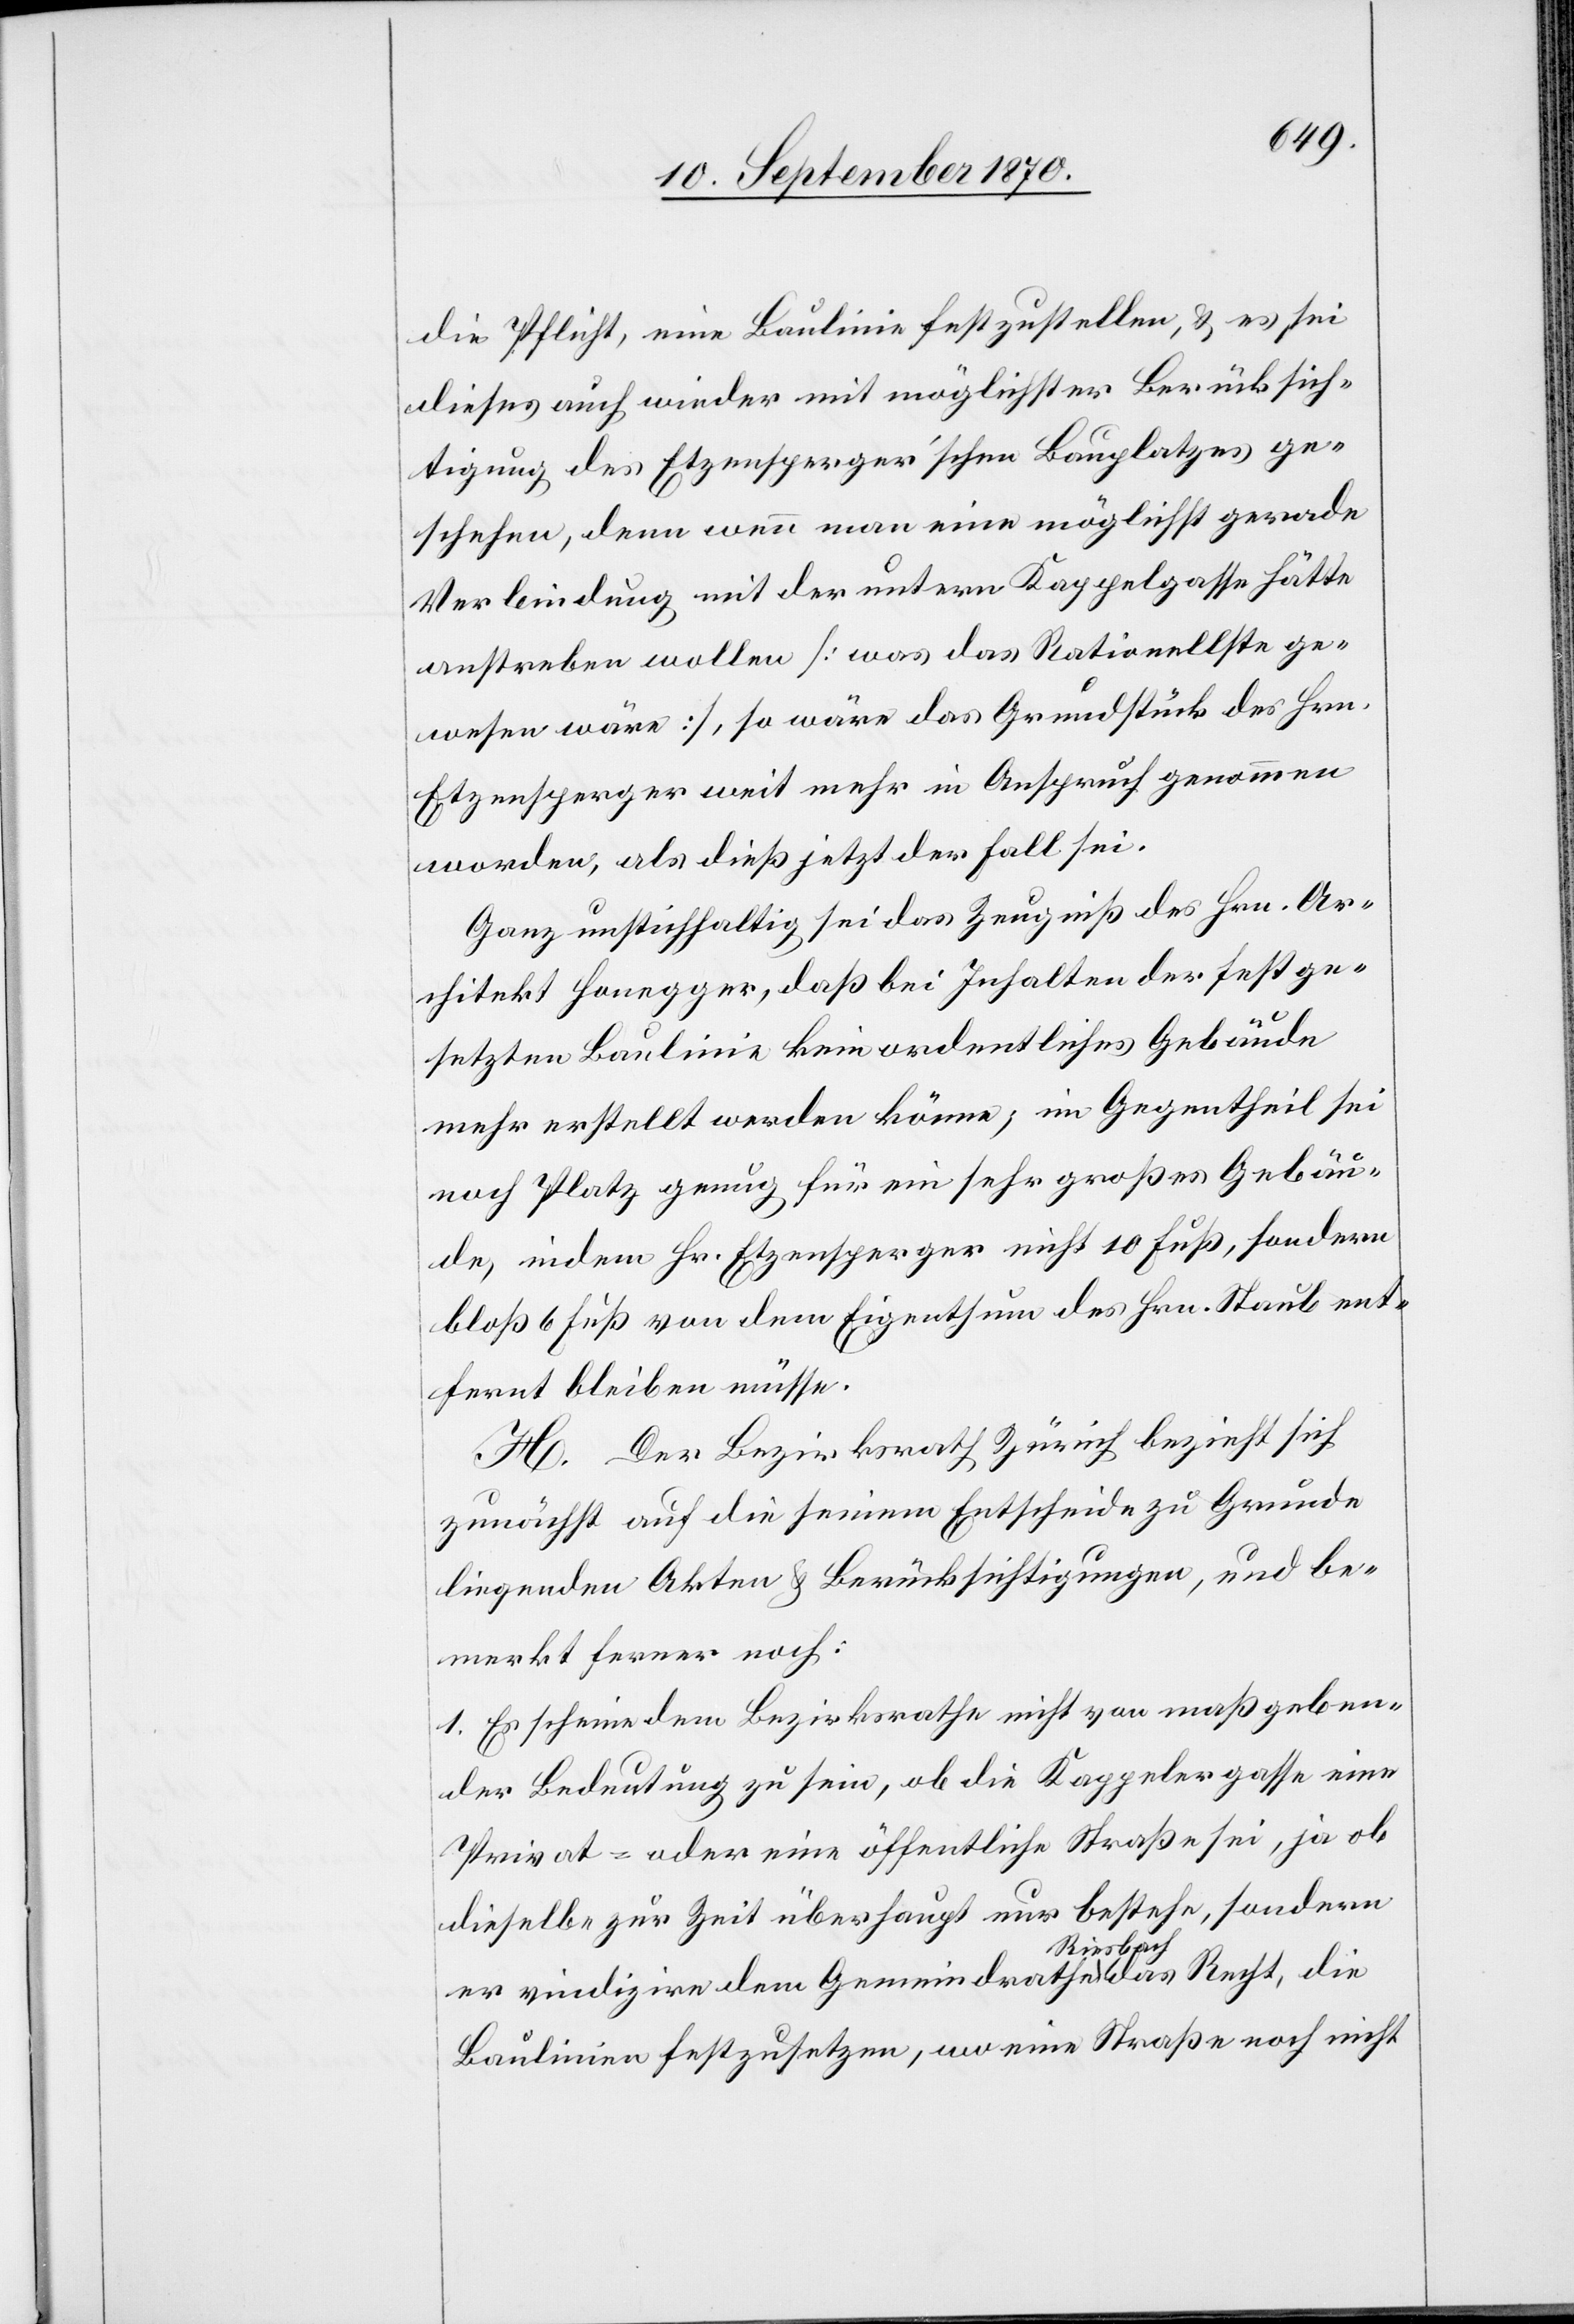
die Pflicht, eine Baulinie festzustellen, & es sei
dieses auch wieder mit möglichster Berücksich¬
tigung des Etzensperger’schen Bauplatzes ge¬
schehen, denn wenn man eine möglichst gerade
Verbindung mit der untern Kappelgasse hätte
anstreben wollen [was das Rationellste ge¬
wesen wäre], wo wäre das Grundstück des Hrn.
Etzensperger weit mehr in Anspruch genommen
worden, als dieß jetzt der Fall sei.
Ganz unstichhaltig sei das Zeugniß des Hrn. Ar¬
chitekt Honegger, daß bei Inhalten [sic!] der festge¬
setzten Baulinie kein ordentliches Gebäude
mehr erstellt werden könne; im Gegentheil sei
noch Platz genug für ein sehr großes Gebäu¬
de, indem Hr. Etzensperger nicht 10 Fuß, sondern
bloß 6 Fuß von dem Eigenthum des Hrn. Staub ent¬
fernt bleiben müsse.
H. Der Bezirksrath Zürich bezieht sich
zunächst auf die seinem Entscheide zu Grunde
liegenden Akten & Berücksichtigungen, und be¬
merkt ferner noch:
1. Es scheine dem Bezirksrathe nicht von maßgeben¬
der Bedeutung zu sein, ob die Kappelergasse eine
Privat- oder eine öffentliche Straße sei, ja ob
dieselbe zur Zeit überhaupt nur bestehe, sondern
er vindizire dem Gemeindrathe Riesbach das Recht, die
Baulinien festzusetzen, wo eine Straße noch nicht